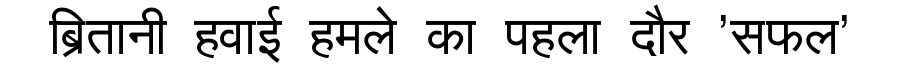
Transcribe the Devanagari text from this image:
ब्रितानी हवाई हमले का पहला दौर 'सफल'